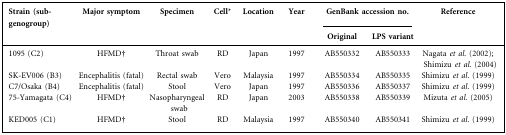
| <ROWSPAN=2> Strain (sub-genogroup) | <ROWSPAN=2> Major symptom | <ROWSPAN=2> Specimen | <ROWSPAN=2> Cell* | <ROWSPAN=2> Location | <ROWSPAN=2> Year | <COLSPAN=2> GenBank accession no. | <ROWSPAN=2> Reference |
 | Original | LPS variant |
 | --- | --- | --- | --- | --- | --- | --- | --- | --- |
 | 1095 (C2) | HFMD† | Throat swab | RD | Japan | 1997 | AB550332 | AB550333 | Nagata et al. (2002); Shimizu et al. (2004) |
 | SK-EV006 (B3) | Encephalitis (fatal) | Rectal swab | Vero | Malaysia | 1997 | AB550334 | AB550335 | Shimizu et al. (1999) |
 | C7/Osaka (B4) | Encephalitis (fatal) | Stool | Vero | Japan | 1997 | AB550336 | AB550337 | Shimizu et al. (1999) |
 | 75-Yamagata (C4) | HFMD† | Nasopharyngeal swab | RD | Japan | 2003 | AB550338 | AB550339 | Mizuta et al. (2005) |
 | KED005 (C1) | HFMD† | Stool | RD | Malaysia | 1997 | AB550340 | AB550341 | Shimizu et al. (1999) |